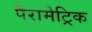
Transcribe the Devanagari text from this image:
पैरामेट्रिक